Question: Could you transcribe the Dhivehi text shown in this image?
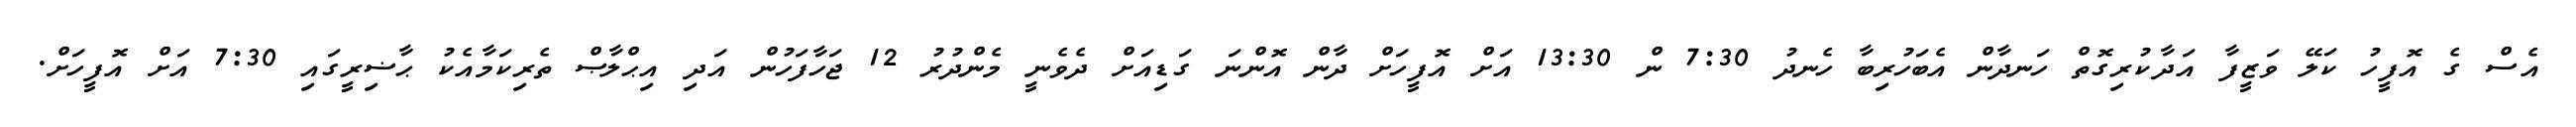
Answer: އެސް ގެ އޮފީހު ކަލޭ ވަޒީފާ އަދާކުރިގޮތް ހަނދާން އެބަހުރިބާ ހެނދު 7:30 ން 13:30 އަށް އޮފީހަށް ދާން އޮންނަ ގަޑިއަށް ދެވެނީ މެންދުރު 12 ޖަހާފަހުން އަދި އިޙްލާޞް ތެރިކަމާއެކު ޙާޟިރީގައި 7:30 އަށް އޮފީހަށް.